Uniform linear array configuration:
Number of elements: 48
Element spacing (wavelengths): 0.75
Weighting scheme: hamming
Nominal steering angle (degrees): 15
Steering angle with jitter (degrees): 14.005
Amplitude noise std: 0.05
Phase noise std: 0.05

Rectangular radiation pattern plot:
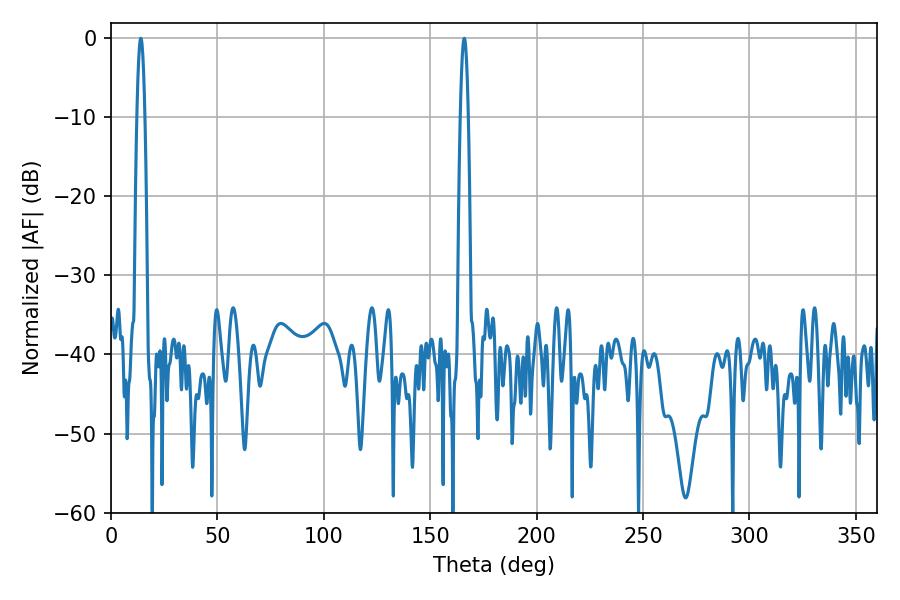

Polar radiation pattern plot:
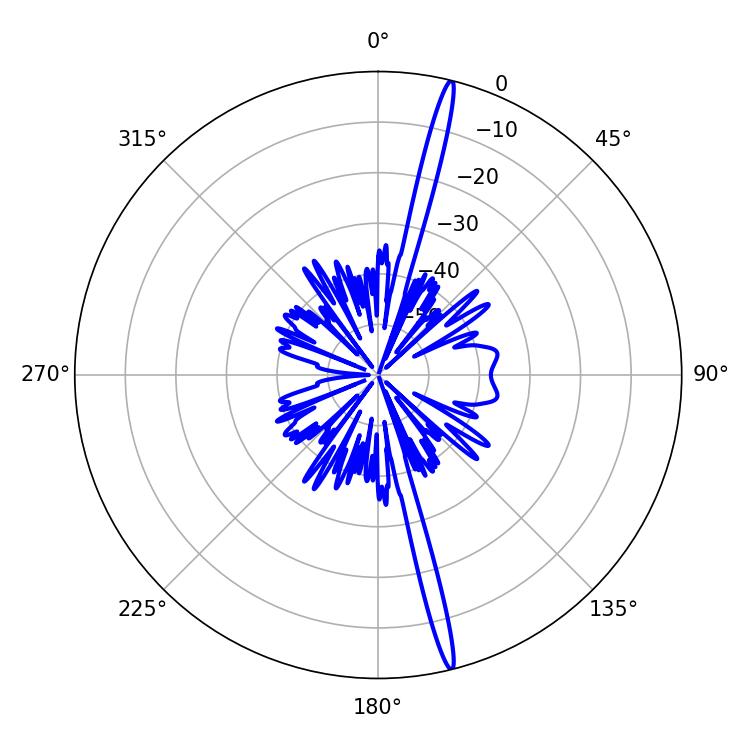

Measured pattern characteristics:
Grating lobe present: TRUE
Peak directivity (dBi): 20.152
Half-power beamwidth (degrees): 1.98
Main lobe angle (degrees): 14.04